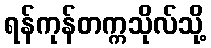
ရန်ကုန်တက္ကသိုလ်သို့